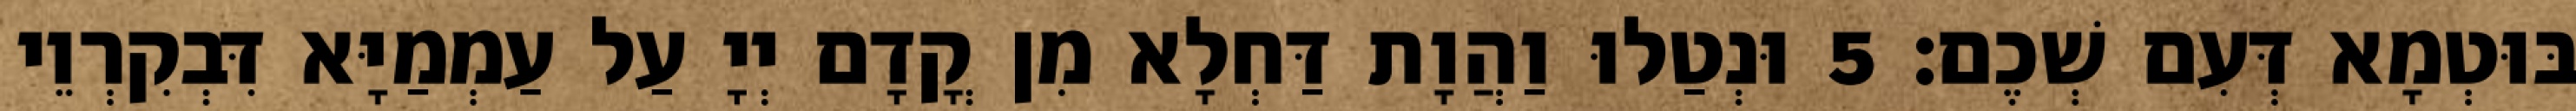
בּוּטְמָא דְּעִם שְׁכֶם׃ 5 וּנְטַלוּ וַהֲוָת דַּחְלָא מִן קֳדָם יְיָ עַל עַמְמַיָּא דִּבְקִרְוֵי